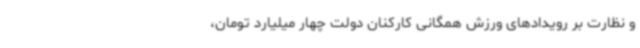
و نظارت بر رویدادهای ورزش همگانی کارکنان دولت چهار میلیارد تومان،